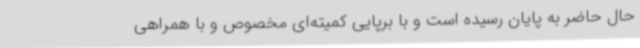
حال حاضر به پایان رسیده است و با برپایی کمیته‌ای مخصوص و با همراهی